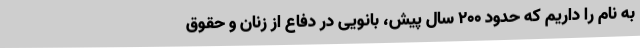
به نام را داریم که حدود 200 سال پیش، بانویی در دفاع از زنان و حقوق